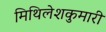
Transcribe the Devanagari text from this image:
मिथिलेशकुमारी